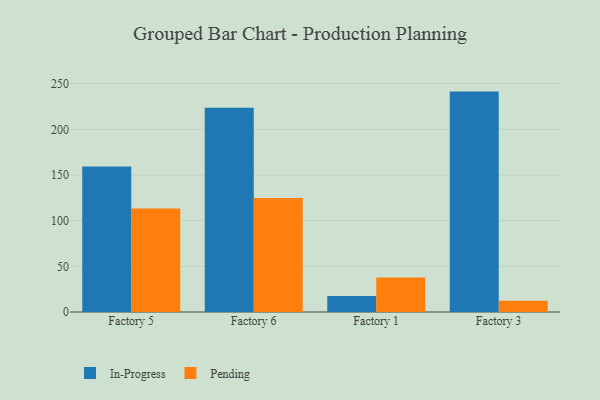
{"axis": {"x": "Factory", "y": "Page Views"}, "legend": ["In-Progress", "Pending"], "data": [{"x": "Factory 5", "y": 159.2, "type": "In-Progress"}, {"x": "Factory 5", "y": 113.4, "type": "Pending"}, {"x": "Factory 6", "y": 223.6, "type": "In-Progress"}, {"x": "Factory 6", "y": 124.8, "type": "Pending"}, {"x": "Factory 1", "y": 17.5, "type": "In-Progress"}, {"x": "Factory 1", "y": 37.7, "type": "Pending"}, {"x": "Factory 3", "y": 241.3, "type": "In-Progress"}, {"x": "Factory 3", "y": 12.2, "type": "Pending"}]}